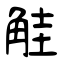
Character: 觟